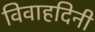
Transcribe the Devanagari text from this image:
विवाहदिनी